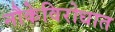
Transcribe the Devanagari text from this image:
नौकेविरोधात